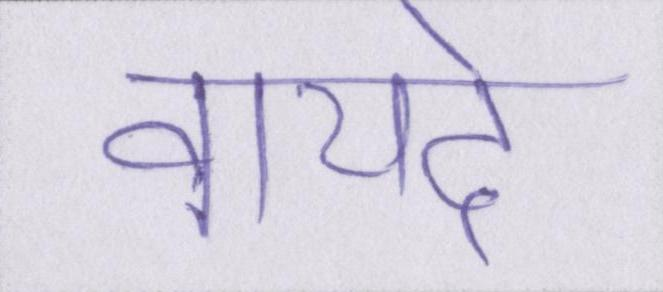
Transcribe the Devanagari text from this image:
वायदे